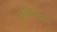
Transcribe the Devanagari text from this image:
संभाव्यमान